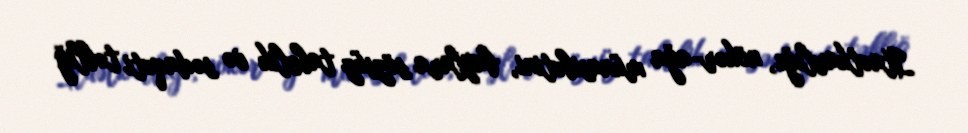
Itaətkarlığı, nökər-ağa münasibətini, baylara sözsüz tabelik və sədaqəti təbliğ